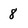
Character: 8